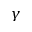
\gamma